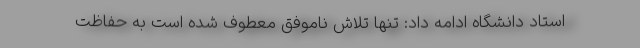
استاد دانشگاه ادامه داد: تنها تلاش ناموفق معطوف شده است به حفاظت